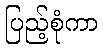
ပြည့်စုံကာ